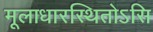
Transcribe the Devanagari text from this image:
मूलाधारस्थितोऽसि